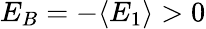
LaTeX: E_{B}=-\langle E_{1}\rangle>0